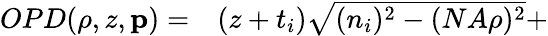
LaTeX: \begin{array}{cl}{OPD(\rho,z,\textbf{p})=}&{(z+t_{i})\sqrt{(n_{i})^{2}-(NA\rho)^{2}}+}\end{array}